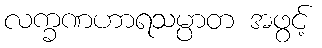
လက္ခဏဟာရသမ္ပာတ အဖွင့်